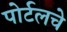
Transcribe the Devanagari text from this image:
पोर्टलचे